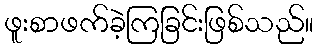
ဖူးစာဖက်ခဲ့ကြခြင်းဖြစ်သည်။